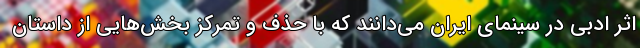
اثر ادبی در سینمای ایران می‌دانند که با حذف و تمرکز بخش‌هایی از داستان